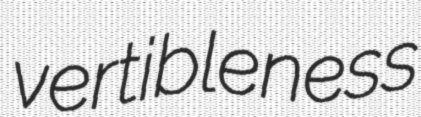
vertibleness